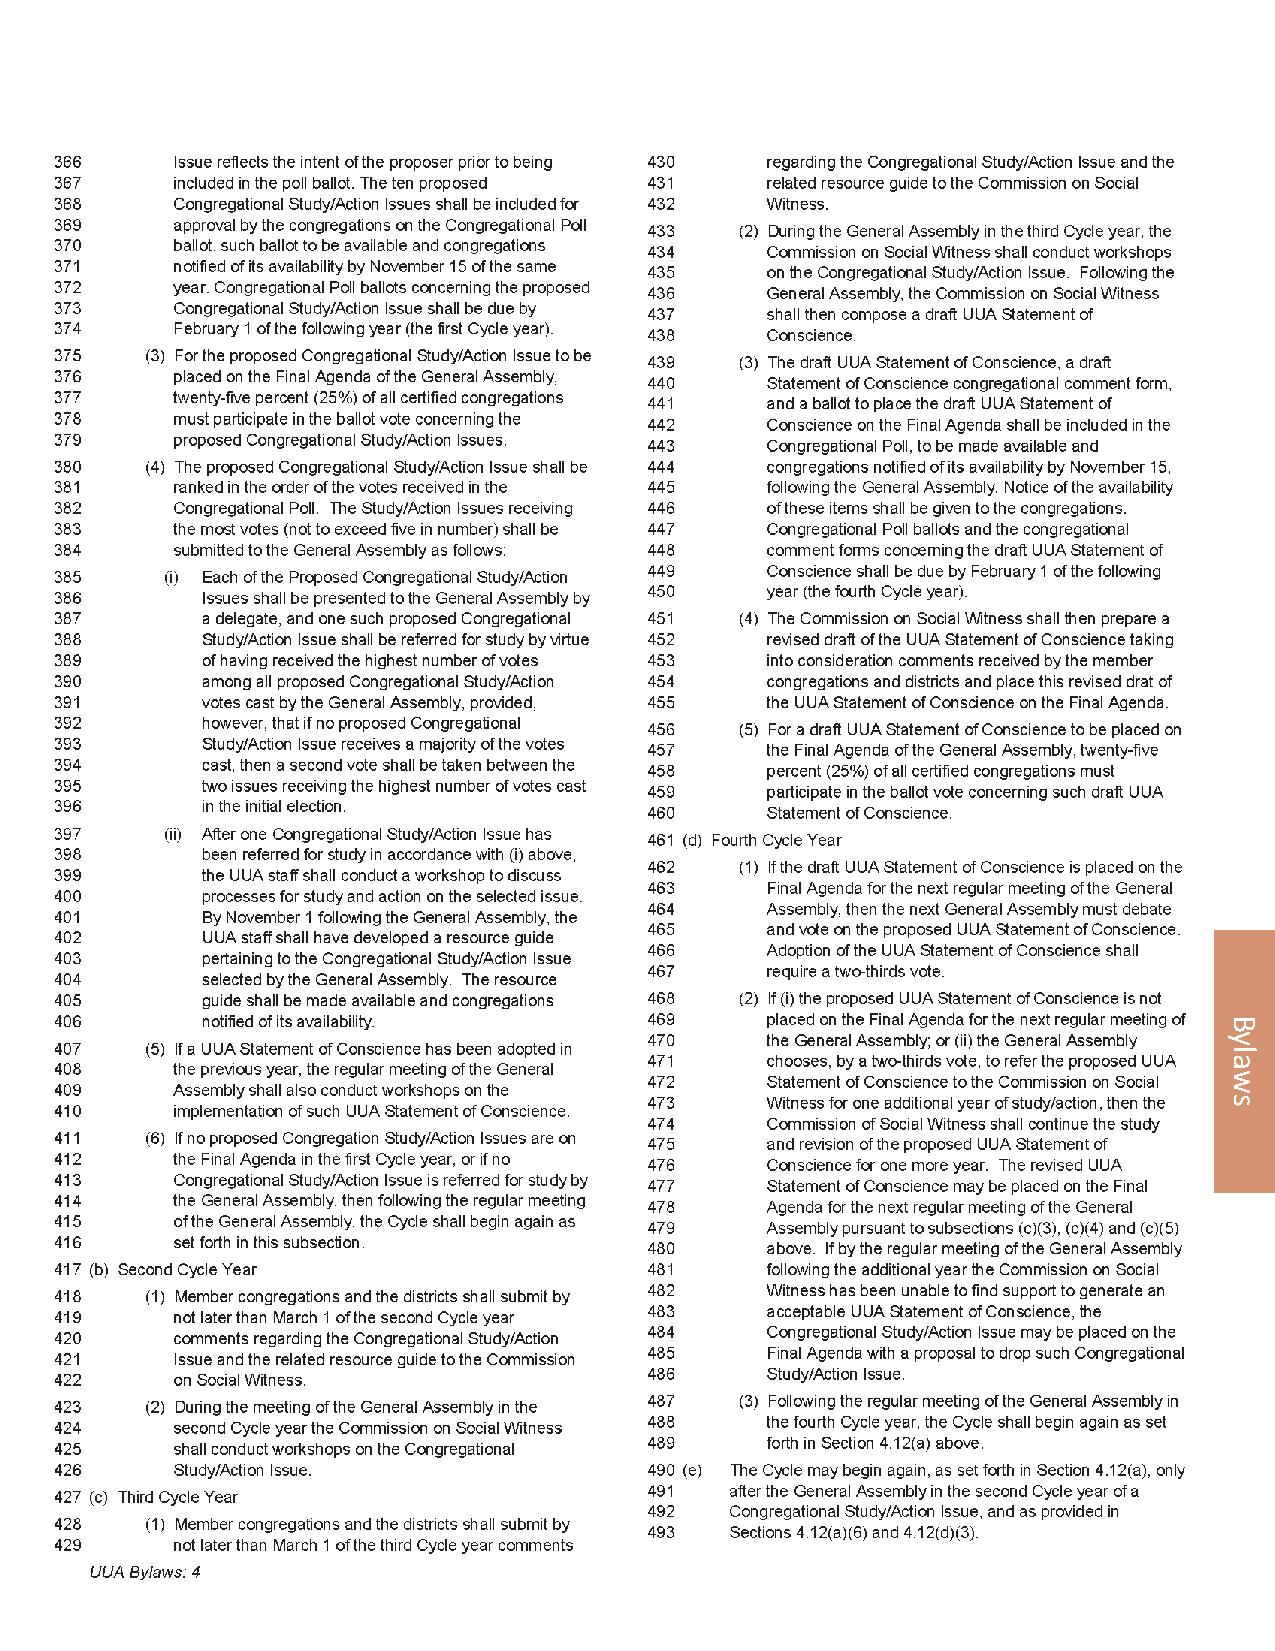
2012 General Assembly                                                   117
 Bylaws